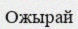
Ожырай